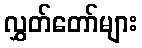
လွှတ်တော်များ